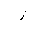
Letter: _zay